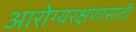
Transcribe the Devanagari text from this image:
आरोग्यरक्षणासाठी